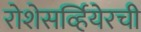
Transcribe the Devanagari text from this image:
रोशेसर्व्हियेरची